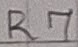
Text: R7